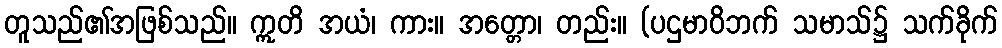
တူသည်၏အဖြစ်သည်။ ဣတိ အယံ၊ ကား။ အတ္တော၊ တည်း။ (ပဌမာဝိဘက် သမာသ်၌ သက်ခိုက်